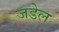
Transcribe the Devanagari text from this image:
जडेल